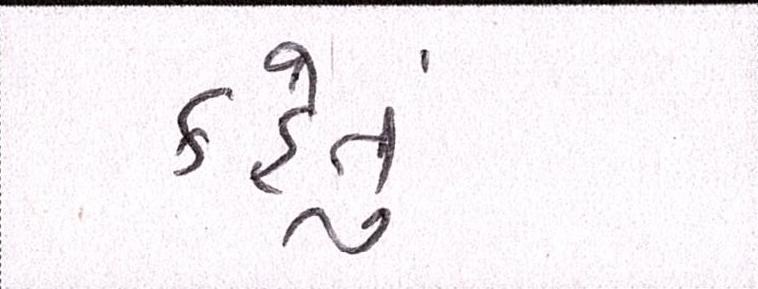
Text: કહેતું